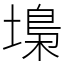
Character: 𡏭